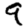
Digit: 9